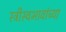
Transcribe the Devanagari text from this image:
स्त्रीस्वभावांच्या